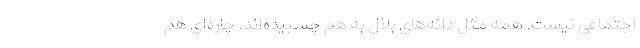
اجتماعی نیست. همه مثل دانه‌های بلال به هم چسبیده‌اند. چاره‌ای هم